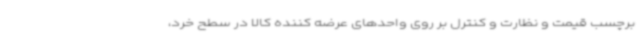
برچسب قیمت و نظارت و کنترل بر روی واحدهای عرضه کننده کالا در سطح خرد،